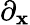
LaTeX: \partial_{\mathbf{x}}